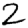
Digit: 2